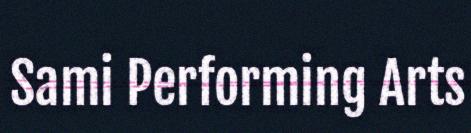
Sami Performing Arts